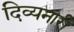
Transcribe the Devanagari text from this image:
दिव्यनारी